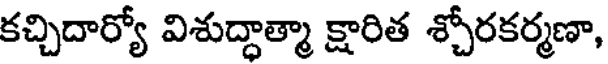
కచ్చిదార్యో విశుద్ధాత్మా క్షారిత శ్చోరకర్మణా,